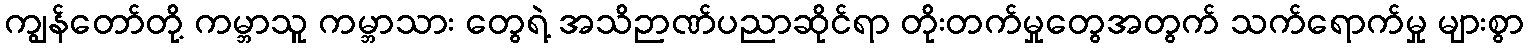
ကျွန်တော်တို့ ကမ္ဘာသူ ကမ္ဘာသား တွေရဲ့ အသိဉာဏ်ပညာဆိုင်ရာ တိုးတက်မှုတွေအတွက် သက်ရောက်မှု များစွာ